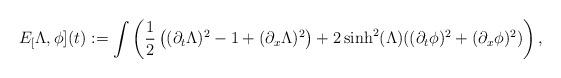
LaTeX: \begin{align*}E_[\Lambda,\phi](t):=\int \left(\dfrac{1}{2}\left( (\partial_t\Lambda)^2-1+ (\partial_x \Lambda)^2 \right) +2\sinh^2(\Lambda)((\partial_t \phi)^2+(\partial_x \phi)^2) \right),\end{align*}